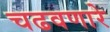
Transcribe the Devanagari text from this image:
चढवणारे